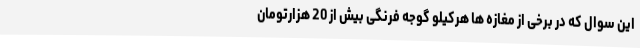
این سوال که در برخی از مغازه ها هرکیلو گوجه فرنگی بیش از 20 هزارتومان